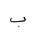
Letter: _ba